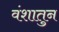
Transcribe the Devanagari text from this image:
वंशातुन